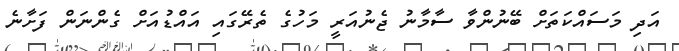
އަދި މަސައްކަތަށް ބޭނުންވާ ސާމާނު ޖެނުއަރީ މަހުގެ ތެރޭގައި އައްޑުއަށް ގެންނަން ފަށާނެ